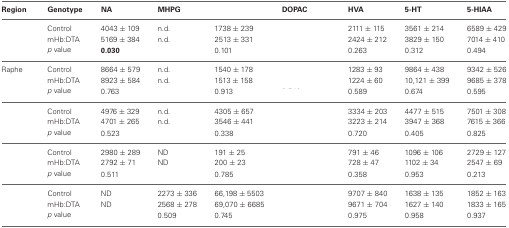
<table><thead><tr><td><b>Region</b></td><td><b>Genotype</b></td><td><b>NA</b></td><td><b>MHPG</b></td><td>[EMPTY_CELL]</td><td><b>DOPAC</b></td><td><b>HVA</b></td><td><b>5-HT</b></td><td><b>5-HIAA</b></td></tr></thead><tbody><tr><td>[EMPTY_CELL]</td><td>Control</td><td>4043 ± 109</td><td>n.d.</td><td>1738 ± 239</td><td>[EMPTY_CELL]</td><td>2111 ± 115</td><td>3561 ± 214</td><td>6589 ± 429</td></tr><tr><td>[EMPTY_CELL]</td><td>mHb:DTA</td><td>5169 ± 384</td><td>n.d.</td><td>2513 ± 331</td><td>[EMPTY_CELL]</td><td>2424 ± 212</td><td>3829 ± 150</td><td>7014 ± 410</td></tr><tr><td>[EMPTY_CELL]</td><td><i>p</i> value</td><td><b>0.030</b></td><td>[EMPTY_CELL]</td><td>0.101</td><td>[EMPTY_CELL]</td><td>0.263</td><td>0.312</td><td>0.494</td></tr><tr><td>Raphe</td><td>Control</td><td>8664 ± 579</td><td>n.d.</td><td>1540 ± 178</td><td>[EMPTY_CELL]</td><td>1283 ± 93</td><td>9864 ± 438</td><td>9342 ± 526</td></tr><tr><td>[EMPTY_CELL]</td><td>mHb:DTA</td><td>8923 ± 584</td><td>n.d.</td><td>1513 ± 158</td><td>[EMPTY_CELL]</td><td>1224 ± 60</td><td>10,121 ± 399</td><td>9685 ± 378</td></tr><tr><td>[EMPTY_CELL]</td><td><i>p</i> value</td><td>0.763</td><td>[EMPTY_CELL]</td><td>0.913</td><td>[EMPTY_CELL]</td><td>0.589</td><td>0.674</td><td>0.595</td></tr><tr><td>[EMPTY_CELL]</td><td>Control</td><td>4976 ± 329</td><td>n.d.</td><td>4305 ± 657</td><td>[EMPTY_CELL]</td><td>3334 ± 203</td><td>4477 ± 515</td><td>7501 ± 308</td></tr><tr><td>[EMPTY_CELL]</td><td>mHb:DTA</td><td>4701 ± 265</td><td>n.d.</td><td>3546 ± 441</td><td>[EMPTY_CELL]</td><td>3223 ± 214</td><td>3947 ± 368</td><td>7615 ± 366</td></tr><tr><td>[EMPTY_CELL]</td><td><i>p</i> value</td><td>0.523</td><td>[EMPTY_CELL]</td><td>0.338</td><td>[EMPTY_CELL]</td><td>0.720</td><td>0.405</td><td>0.825</td></tr><tr><td>[EMPTY_CELL]</td><td>Control</td><td>2980 ± 289</td><td>ND</td><td>191 ± 25</td><td>[EMPTY_CELL]</td><td>791 ± 46</td><td>1096 ± 106</td><td>2729 ± 127</td></tr><tr><td>[EMPTY_CELL]</td><td>mHb:DTA</td><td>2792 ± 71</td><td>ND</td><td>200 ± 23</td><td>[EMPTY_CELL]</td><td>728 ± 47</td><td>1102 ± 34</td><td>2547 ± 69</td></tr><tr><td>[EMPTY_CELL]</td><td><i>p</i> value</td><td>0.511</td><td>[EMPTY_CELL]</td><td>0.785</td><td>[EMPTY_CELL]</td><td>0.358</td><td>0.953</td><td>0.213</td></tr><tr><td>[EMPTY_CELL]</td><td>Control</td><td>ND</td><td>2273 ± 336</td><td>66,198 ± 5503</td><td>[EMPTY_CELL]</td><td>9707 ± 840</td><td>1638 ± 135</td><td>1852 ± 163</td></tr><tr><td>[EMPTY_CELL]</td><td>mHb:DTA</td><td>ND</td><td>2568 ± 278</td><td>69,070 ± 6685</td><td>[EMPTY_CELL]</td><td>9671 ± 704</td><td>1627 ± 140</td><td>1833 ± 165</td></tr><tr><td>[EMPTY_CELL]</td><td><i>p</i> value</td><td>[EMPTY_CELL]</td><td>0.509</td><td>0.745</td><td>[EMPTY_CELL]</td><td>0.975</td><td>0.958</td><td>0.937</td></tr></tbody></table>